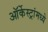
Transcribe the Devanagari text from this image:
ऑर्केस्ट्रांमध्ये